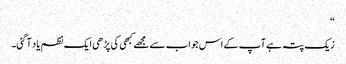
“
زیک پتہ ہے آپ کے اس جواب سے مجھے کبھی کی پڑھی ایک نظم یاد آگئی۔